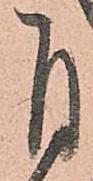
自